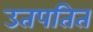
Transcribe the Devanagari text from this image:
उतपतित